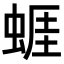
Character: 𧍊